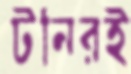
টনিরই